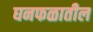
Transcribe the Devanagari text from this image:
घनफळातील